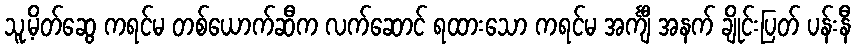
သူ့မိတ်ဆွေ ကရင်မ တစ်ယောက်ဆီက လက်ဆောင် ရထားသော ကရင်မ အင်္ကျီ အနက် ချိုင်းပြတ် ပန်းနီ